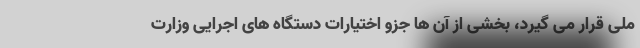
ملی قرار می گیرد، بخشی از آن ها جزو اختیارات دستگاه های اجرایی وزارت